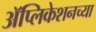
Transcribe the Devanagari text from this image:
अॅप्लिकेशनच्या